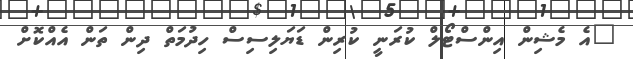
"އެ މެޝިން އިންސްޓޯލް ކުރަނީ ކުރިން ޑަޔަލިސިސް ހިދުމަތް ދިން ތަން އެއްކޮށް